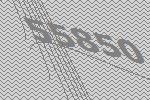
55850